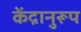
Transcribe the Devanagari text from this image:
केंद्रानुरूप